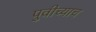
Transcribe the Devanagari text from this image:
पुवीच्याच